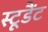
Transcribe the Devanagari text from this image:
स्टूडैंट